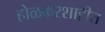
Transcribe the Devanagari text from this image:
होळकरशाहीत